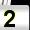
Digit: 2